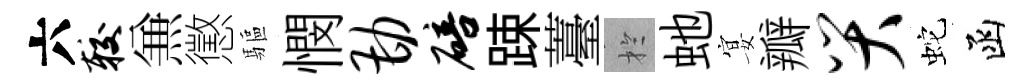
六较𠔥懲驅憫勘碚踈薹扵虵宴瓣哭蛇函